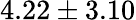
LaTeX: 4.22\pm 3.10